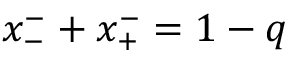
x _ { - } ^ { - } + x _ { + } ^ { - } = 1 - q